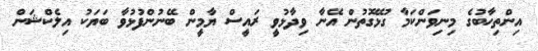
އިންތިހާބުގެ މިނިވަންކަމާ ގުޅޭގޮތުން އޭނާ ވިދާޅުވީ ރައީސް ޔާމީން ބޭނުންފުޅުވާ ބަޔަކު އިލެކްޝަން